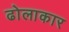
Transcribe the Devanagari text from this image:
ढोलाकार